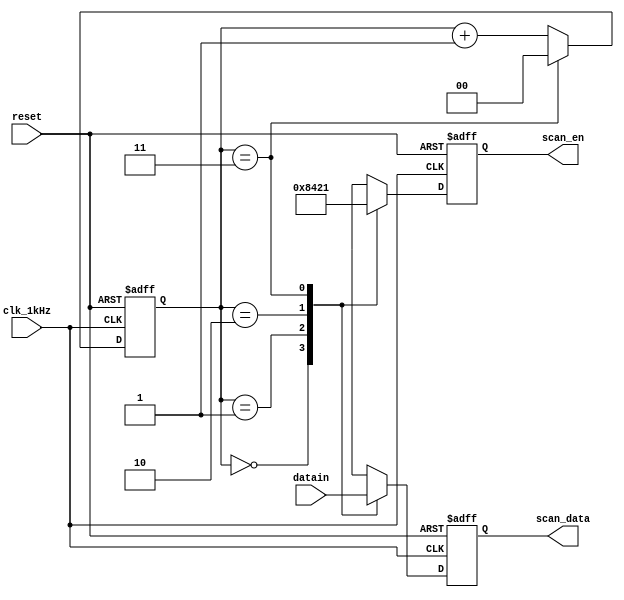
`timescale 1ns / 1ps
//////////////////////////////////////////////////////////////////////////////////
// Company: 
// Engineer: 
// 
// Design Name: 
// Module Name:    scan 
// Project Name: 
// Target Devices: 
// Tool versions: 
// Description: 
//
// Dependencies: 
//
// Revision: 
// Revision 0.01 - File Created
// Additional Comments: 
//
//////////////////////////////////////////////////////////////////////////////////
//scan,1kHz
module scan(clk_1kHz,reset,datain,scan_data,scan_en);
input clk_1kHz; //1kHz
input reset;
input[15:0] datain; //
output reg[3:0] scan_data; //0BCD
output reg[3:0] scan_en; //0

reg[1:0] state;

always @(posedge clk_1kHz or negedge reset)
	begin
		if (!reset) //
			begin
				state<=0;//......statescan_datascan_en
				scan_data<=0;
				scan_en<=0;
			end
		else
			begin
				if(state==3) 
					state<=0; //
				else 
					state<=state+1'b1;
				case(state) //
					0://
						begin
							scan_data<=datain[15:12];
							scan_en<=4'b1000;
						end 
					1:
						begin
							scan_data<=datain[11:8];
							scan_en<=4'b0100;
						end
					2:
						begin
							scan_data<=datain[7:4];
							scan_en<=4'b0010;
						end
					3:
						begin
							scan_data<=datain[3:0];
							scan_en<=4'b0001;
						end
					
				endcase
			end
		end
		
endmodule